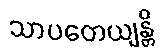
သာပတေယျန္တိ